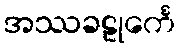
အဿခဠုင်္ကေ